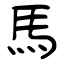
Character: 馬